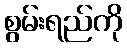
စွမ်းရည်ကို